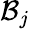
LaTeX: \mathcal{B}_{j}